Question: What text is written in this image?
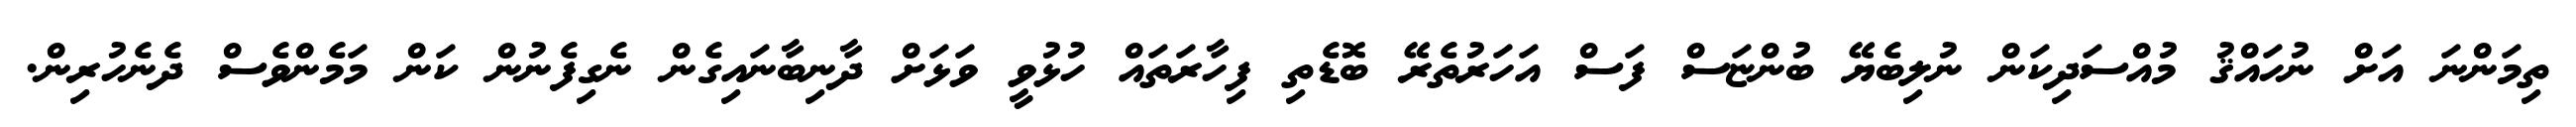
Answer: ތިމަންނަ އަށް ނުހައްޤު މުއްސަދިކަން ނުލިބެޔޭ ބުންޏަސް ފަސް އަހަރުތެރޭ ބޮޑެތި ފިހާރަތައް ހުޅުވީ ވަޅަށް ދާނިބާނައިގެން ނެގިފެނުން ކަން މަމެންވެސް ދެނެހުރިން.